Civil Veterinary Dept. Bombay admin report 1932-41 - 1932-1941
Year: 1932
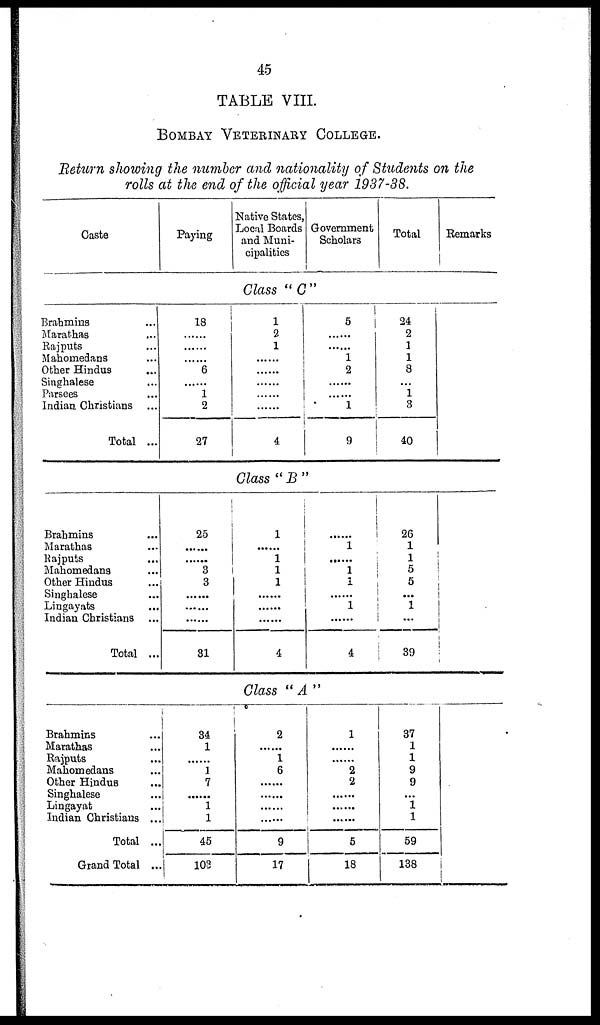
45
TABLE VIII.
BOMBAY VETERINARY COLLEGE.
Return showing the number and nationality of Students on the
rolls at the end of the official year 1937-38.
Caste
Brahmins ...
Marathas ...
Rajputs ...
Mahomedans ...
Other Hindus ...
Singhalese ...
Parsees ...
Indian Christians ...
Total ...
Brahmins ...
Marathas ...
Rajputs ...
Mahomedans ...
Other Hindus ...
Singhalese ...
Lingayats ...
Indian Christians ...
Total ...
Brahmins ...
Marathas ...
Rajputs ...
Mahomedans ...
Other Hindus
...
Singhalese ...
Lingayat ...
Indian Christians ...
Total ...
Grand Total ...
Paying
18
......
......
......
6
......
1
2
27
25
......
......
3
3
......
......
......
31
34
1
......
1
7
......
1
1
45
103
Native States,
Local Boards
and Muni-
cipalities
Government
Scholars
Class "C"
1
2
1
......
......
......
......
......
4
5
......
......
1
2
......
......
1
9
Class "B"
1
......
1
1
1
......
......
......
4
......
1
......
1
1
......
1
......
4
Class "A"
2
......
1
6
......
......
......
......
9
17
1
......
......
2
2
......
......
......
5
18
Total
24
2
1
1
8
...
1
3
40
26
1
1
5
5
...
1
...
39
37
1
1
9
9
...
1
1
59
138
Remarks